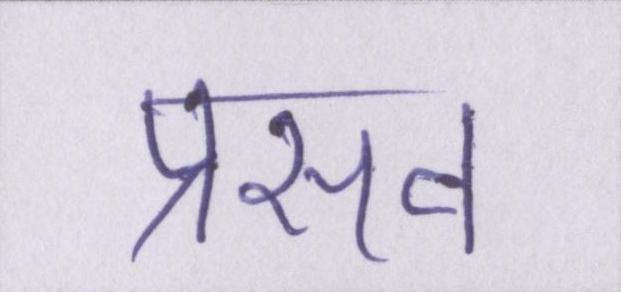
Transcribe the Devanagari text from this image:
प्रसव